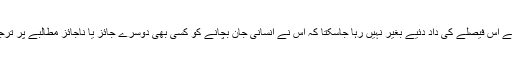
لیکن فوج کے اس فیصلے کی داد دئیے بغیر نہیں رہا جاسکتا کہ اس نے انسانی جان بچانے کو کسی بھی دوسرے جائز یا ناجائز مطالبے پر ترجیح دی ہے۔